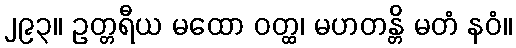
၂၉၃။ ဥတ္တရီယ မထော ဝတ္ထ၊ မဟတန္တိ မတံ နဝံ။